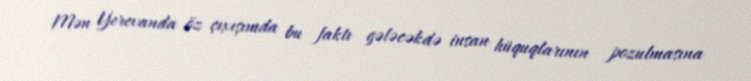
Mən Yerevanda öz çıxışımda bu faktı gələcəkdə insan hüquqlarının pozulmasına